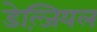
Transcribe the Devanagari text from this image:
डेल्ज़ियल